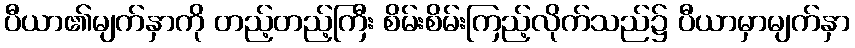
ပီယာ၏မျက်နှာကို တည့်တည့်ကြီး စိမ်းစိမ်းကြည့်လိုက်သည်၌ ပီယာမှာမျက်နှာ